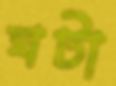
ঘটা